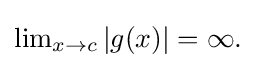
{\textstyle \lim _{x\to c}|g(x)|=\infty .}